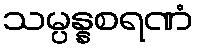
သမ္ပန္နစရဏံ